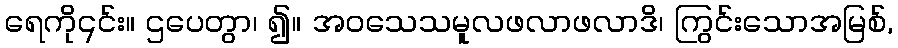
ရေကို၎င်း။ ဌပေတွာ၊ ၍။ အဝသေသမူလဖလာဖလာဒိ၊ ကြွင်းသောအမြစ်,